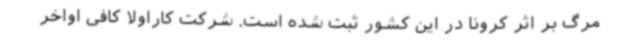
مرگ بر اثر کرونا در این کشور ثبت شده است. شرکت کاراولا کافی اواخر